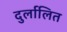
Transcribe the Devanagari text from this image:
दुर्लालित